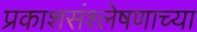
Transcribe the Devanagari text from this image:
प्रकाशसंश्लेषणाच्या